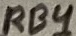
Text: RB4